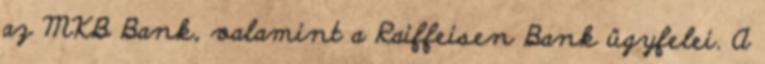
az MKB Bank, valamint a Raiffeisen Bank ügyfelei. A